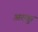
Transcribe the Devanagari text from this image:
अरुकु